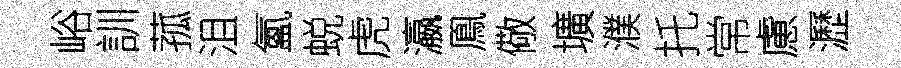
峪訓菰沮氳蜕虎瀛鳯儆壙濮托常慮瀝